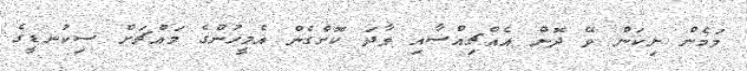
މަމެން ނިކަން ވޭ ދޮން އެއްޗިއްސާއި ވާދަ ކޮށްގެން އެމީހުންގެ މައްޗަށް ސިކުނޑީގެ